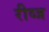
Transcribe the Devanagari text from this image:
रीव्ज